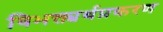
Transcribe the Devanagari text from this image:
विभक्त्यर्थप्रकरण